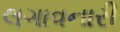
લગાવનારી